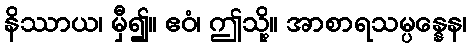
နိဿာယ၊ မှီ၍။ ဧဝံ၊ ဤသို့။ အာစာရသမ္ပန္နေန၊